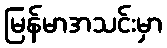
မြန်မာအသင်းမှာ